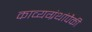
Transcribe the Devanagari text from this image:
काव्यग्रंथांपैकी